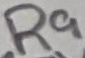
Text: R9